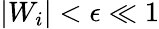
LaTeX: |W_{i}|<\epsilon\ll 1